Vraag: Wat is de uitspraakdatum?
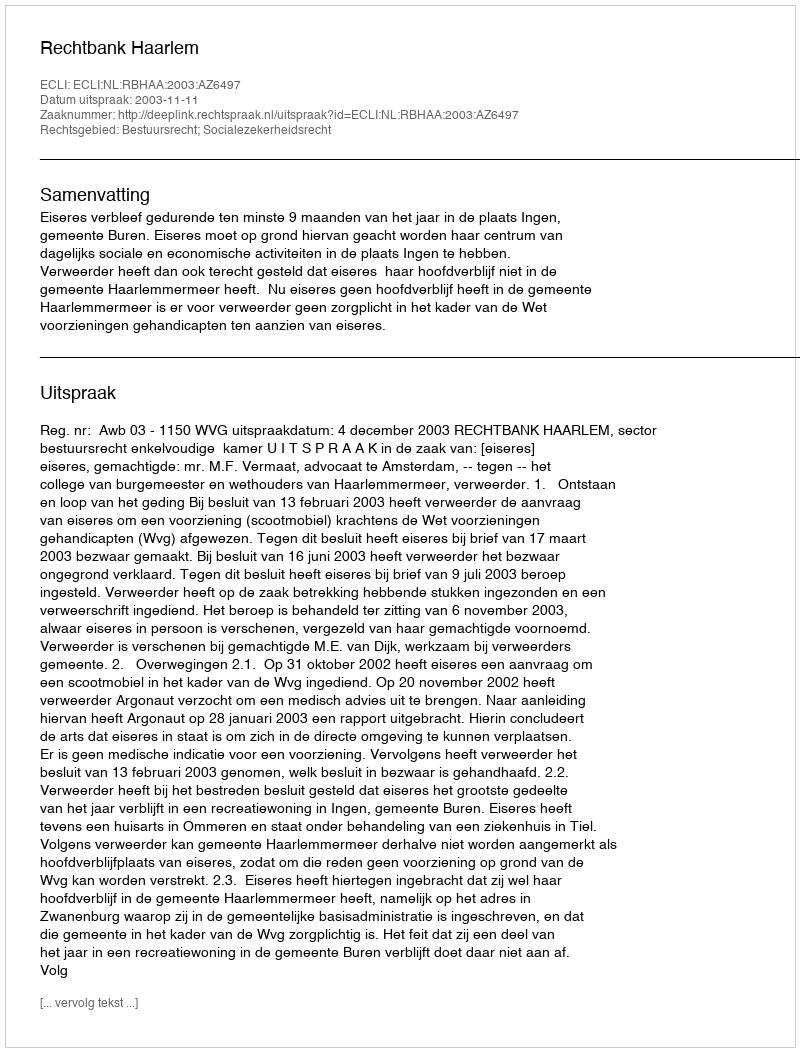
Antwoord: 2003-11-11